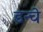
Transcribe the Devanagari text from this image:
डन्चे